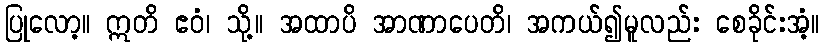
ပြုလော့။ ဣတိ ဧဝံ၊ သို့။ အထာပိ အာဏာပေတိ၊ အကယ်၍မူလည်း စေခိုင်းအံ့။